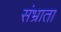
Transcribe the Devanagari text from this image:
संभ्राता